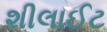
શીલાઈટ